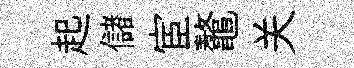
起儲宦鼇关